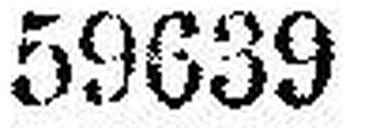
59639